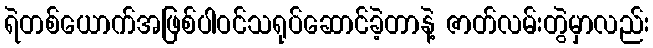
ရဲတစ်ယောက်အဖြစ်ပါဝင်သရုပ်ဆောင်ခဲ့တာနဲ့ ဇာတ်လမ်းတွဲမှာလည်း